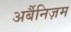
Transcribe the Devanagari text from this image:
अर्बैनिज़म